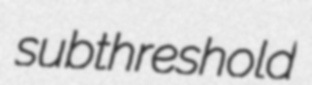
subthreshold